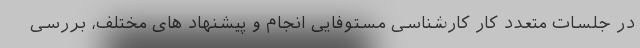
در جلسات متعدد کار کارشناسی مستوفایی انجام و پیشنهاد های مختلف، بررسی